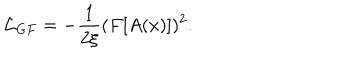
{ \cal L } _ { G F } = - { \frac { 1 } { 2 \xi } } ( F [ A ( x ) ] ) ^ { 2 } .